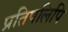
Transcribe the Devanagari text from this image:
प्रतिपलिपि